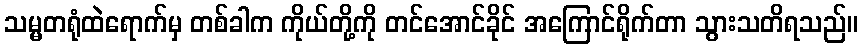
သမ္မတရုံထဲရောက်မှ တစ်ခါက ကိုယ်တို့ကို တင်အောင်ခိုင် အကြောင်ရိုက်တာ သွားသတိရသည်။